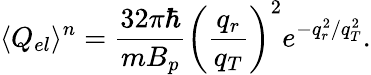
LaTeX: \langle Q_{el}\rangle^{n}=\frac{32\pi\hbar}{mB_{p}}{\left(\frac{q_{r}}{q_{T}}\right)^{2}}e^{-q_{r}^{2}/q_{T}^{2}}.